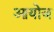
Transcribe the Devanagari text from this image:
आयोज